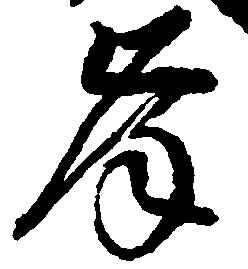
岸